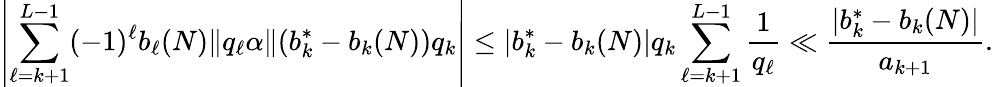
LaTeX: \left|\sum_{\ell=k+1}^{L-1}(-1)^{\ell}b_{\ell}(N)\| q_{\ell}\alpha\| (b_{k}^{*}-b_{k}(N))q_{k}\right|\le|b_{k}^{*}-b_{k}(N)|q_{k}\sum_{\ell=k+1}^{L-1}\frac{1}{q_{\ell}}\ll\frac{|b_{k}^{*}-b_{k}(N)|}{a_{k+1}}.